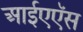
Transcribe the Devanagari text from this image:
आईएऍस